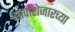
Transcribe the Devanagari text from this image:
गावाशेजारच्या